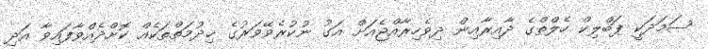
ޞަމަދަކީ ޕަބްލިކް ހެލްތްގެ ދާއިރާއިން ދިވެހިރާއްޖެއަށް އަގު ނުކުރެވޭވަރުގެ ޚިދުމަތްތަކެއް ކޮށްދެއްވާފައިވާ އަދި